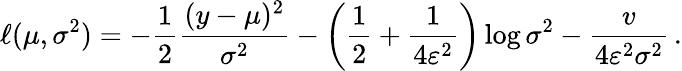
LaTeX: \ell(\mu,\sigma^{2})=-\frac{1}{2}\frac{(y-\mu)^{2}}{\sigma^{2}}-\left(\frac{1}{2}+\frac{1}{4\varepsilon^{2}}\right)\log{\sigma^{2}}-\frac{v}{4\varepsilon^{2}\sigma^{2}}\, .